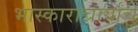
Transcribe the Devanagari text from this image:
भास्काराचार्यांचे